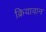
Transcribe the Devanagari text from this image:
क्रियावान